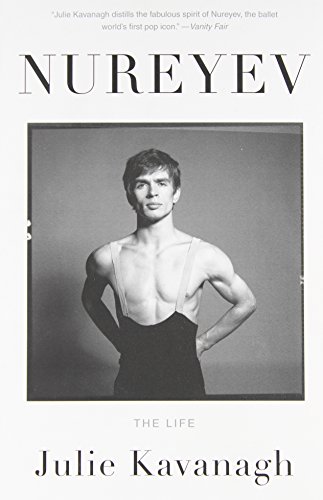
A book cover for Nureyev: The Life; Julie Kavanagh; Biographies & Memoirs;